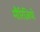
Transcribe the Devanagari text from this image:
मौरिज़ियो